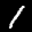
Label: 1